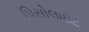
પિસોલાઇટ